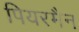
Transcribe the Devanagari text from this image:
पियरमैन